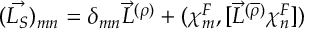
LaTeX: ( \vec { { \cal L } _ { S } } ) _ { m n } = { \delta } _ { m n } { \vec { L } } ^ { ( \rho ) } + ( { \chi } _ { m } ^ { F } , [ { \vec { L } } ^ { ( \overline { { { \rho } } } ) } { \chi } _ { n } ^ { F } ] )